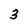
Character: 3